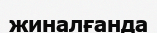
жиналғанда